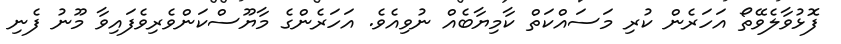
ފޮޅުވާލެވޭތޯ އަހަރެން ކުރި މަސައްކަތް ކާމިޔާބެއް ނުވިއެވެ. އަހަރެންގެ މާޔޫސްކަންވެރިވެފައިވާ މޫނު ފެނި